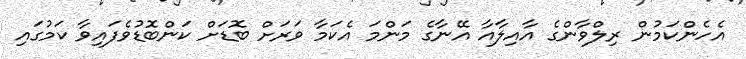
އެހެންކަމުން ރިލްވާންގެ އާއިލާއާ އޭނާގެ މަންމަ އެކަމާ ވަރަށް ބޮޑަށް ކަންބޮޑުވެފައިވާ ކަމުގައި